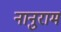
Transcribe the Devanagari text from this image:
नानुराम